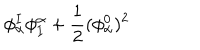
\phi _ { \alpha } ^ { I } \phi _ { I } ^ { \alpha } + { \frac { 1 } { 2 } } ( \phi _ { \alpha } ^ { 0 } ) ^ { 2 }